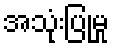
အသုံးပြုမှု